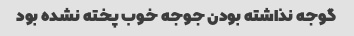
گوجه نذاشته بودن جوجه خوب پخته نشده بود